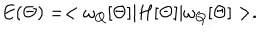
E ( \Theta ) = < \omega _ { Q } [ \Theta ] | H [ \Theta ] | \omega _ { Q } [ \Theta ] > .